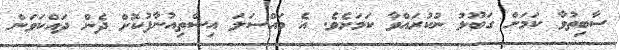
ސާބިތުވާ ކަމަށް ގަބޫލު ނުކުރައްވާ ކަމަށެވެ. އެ މައްސަލަ އިސްތިއުނާފުކޮށް ދެން ދައްކަވަން